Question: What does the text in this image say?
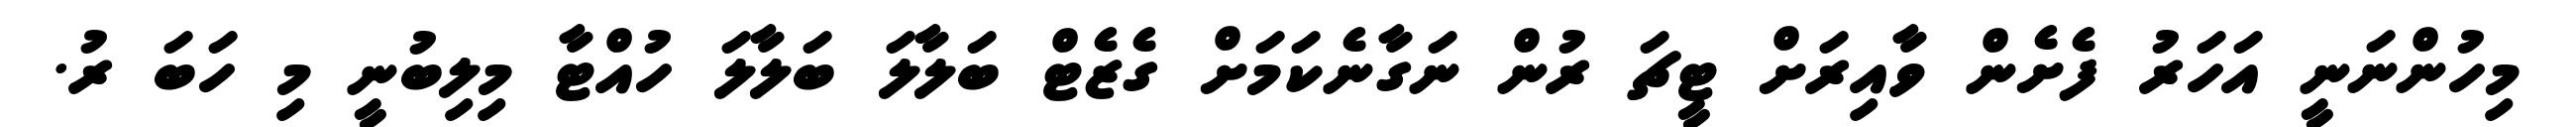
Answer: މިހުންނަނީ އަހަރު ފެށެން ވާއިރަށް ޓީޗަ ރުން ނަގާނެކަމަށް ގެޒެޓް ބަލާލަ ބަލާލަ ހުއްޓާ މިލިބުނީ މި ހަބަ ރު.